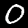
Digit: 0